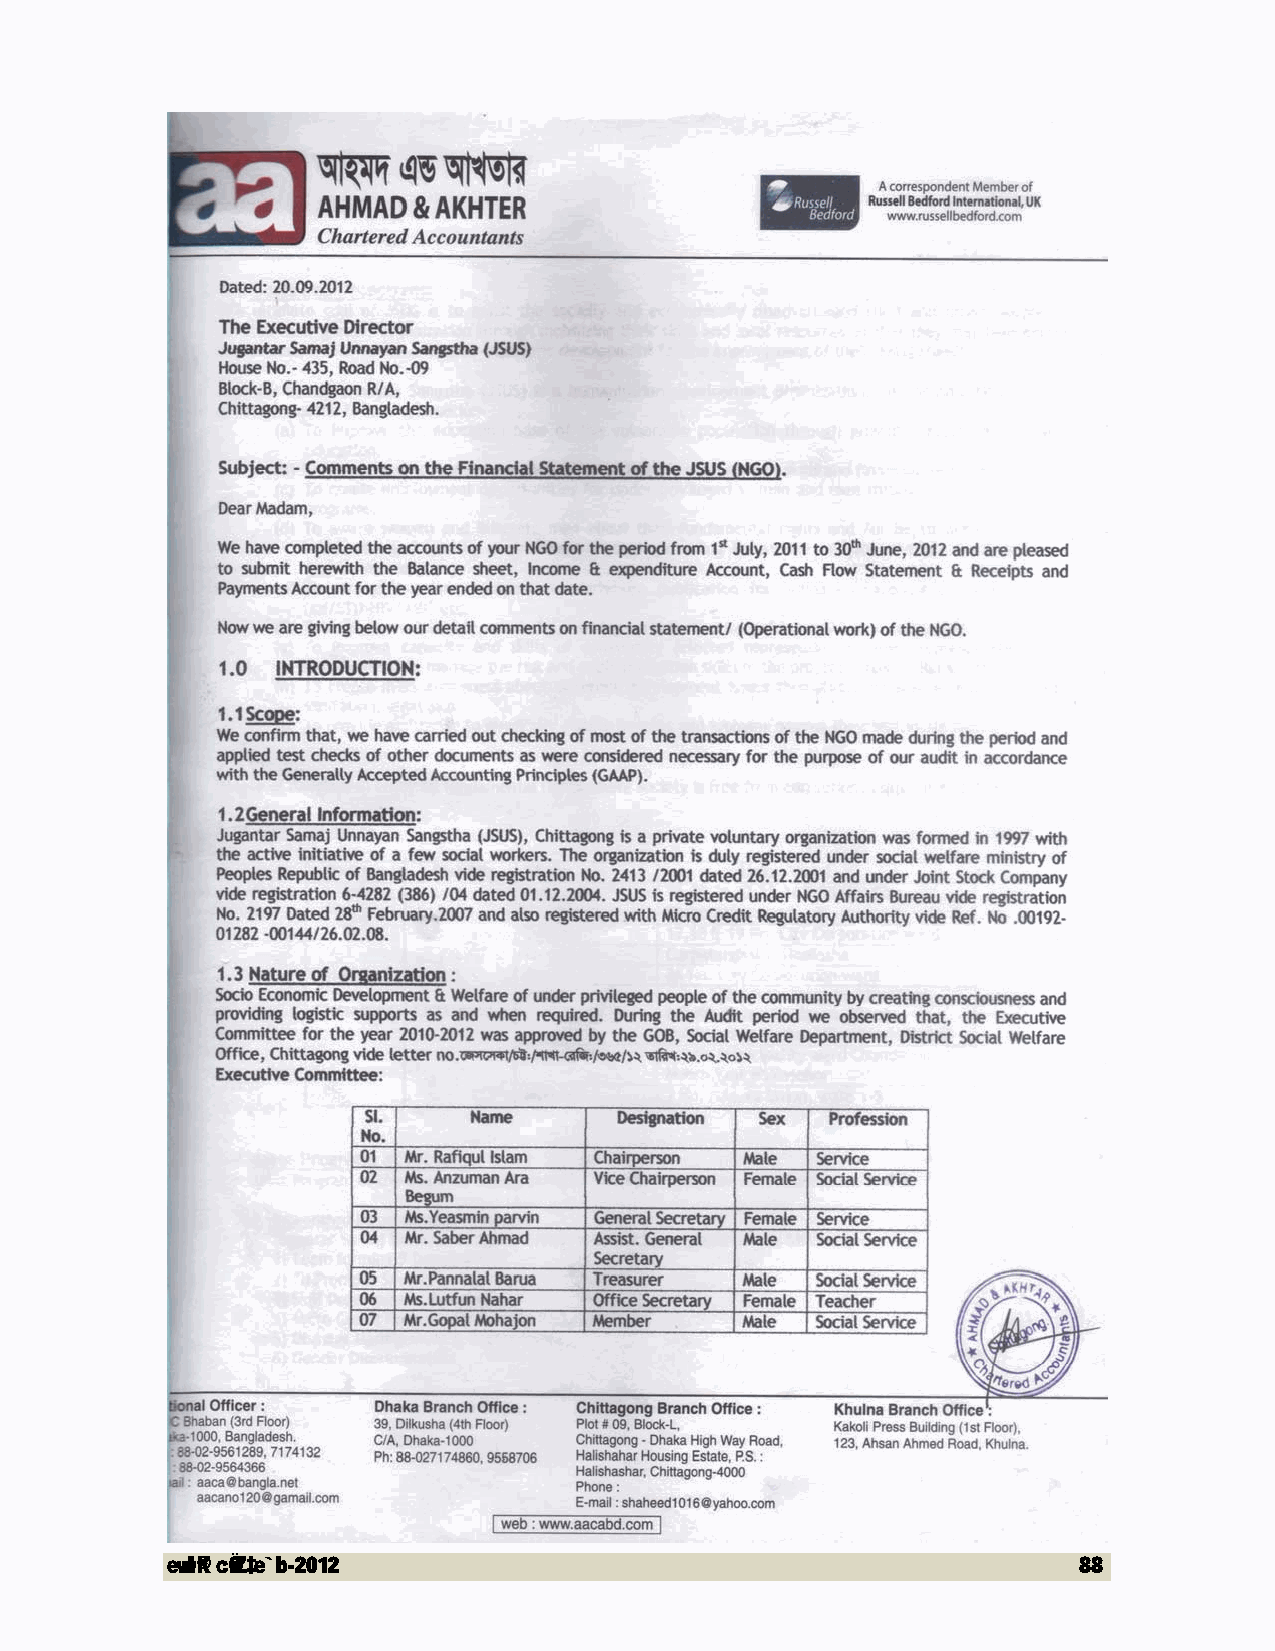
evwl©K cÖwZ‡e`b-2012                                        88